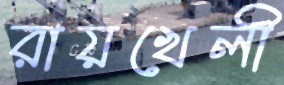
রায়খেলী